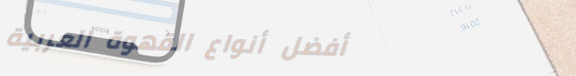
أفضل أنواع القهوة العربية